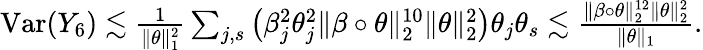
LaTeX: \begin{array}{r}{\mathrm{Var}(Y_{6})\lesssim\frac{1}{\| \theta\| _{1}^{2}}\sum_{j,s}\big(\beta_{j}^{2}\theta_{j}^{2}\| \beta\circ\theta\| _{2}^{10}\| \theta\| _{2}^{2}\big)\theta_{j}\theta_{s}\lesssim\frac{\| \beta\circ\theta\| _{2}^{12}\| \theta\| _{2}^{2}}{\| \theta\| _{1}}.}\end{array}